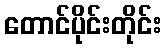
တောင်ပိုင်းတိုင်း